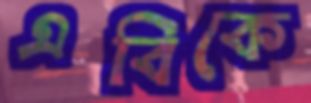
এবিকে